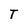
Character: T